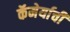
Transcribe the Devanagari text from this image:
कॅमेर्याची